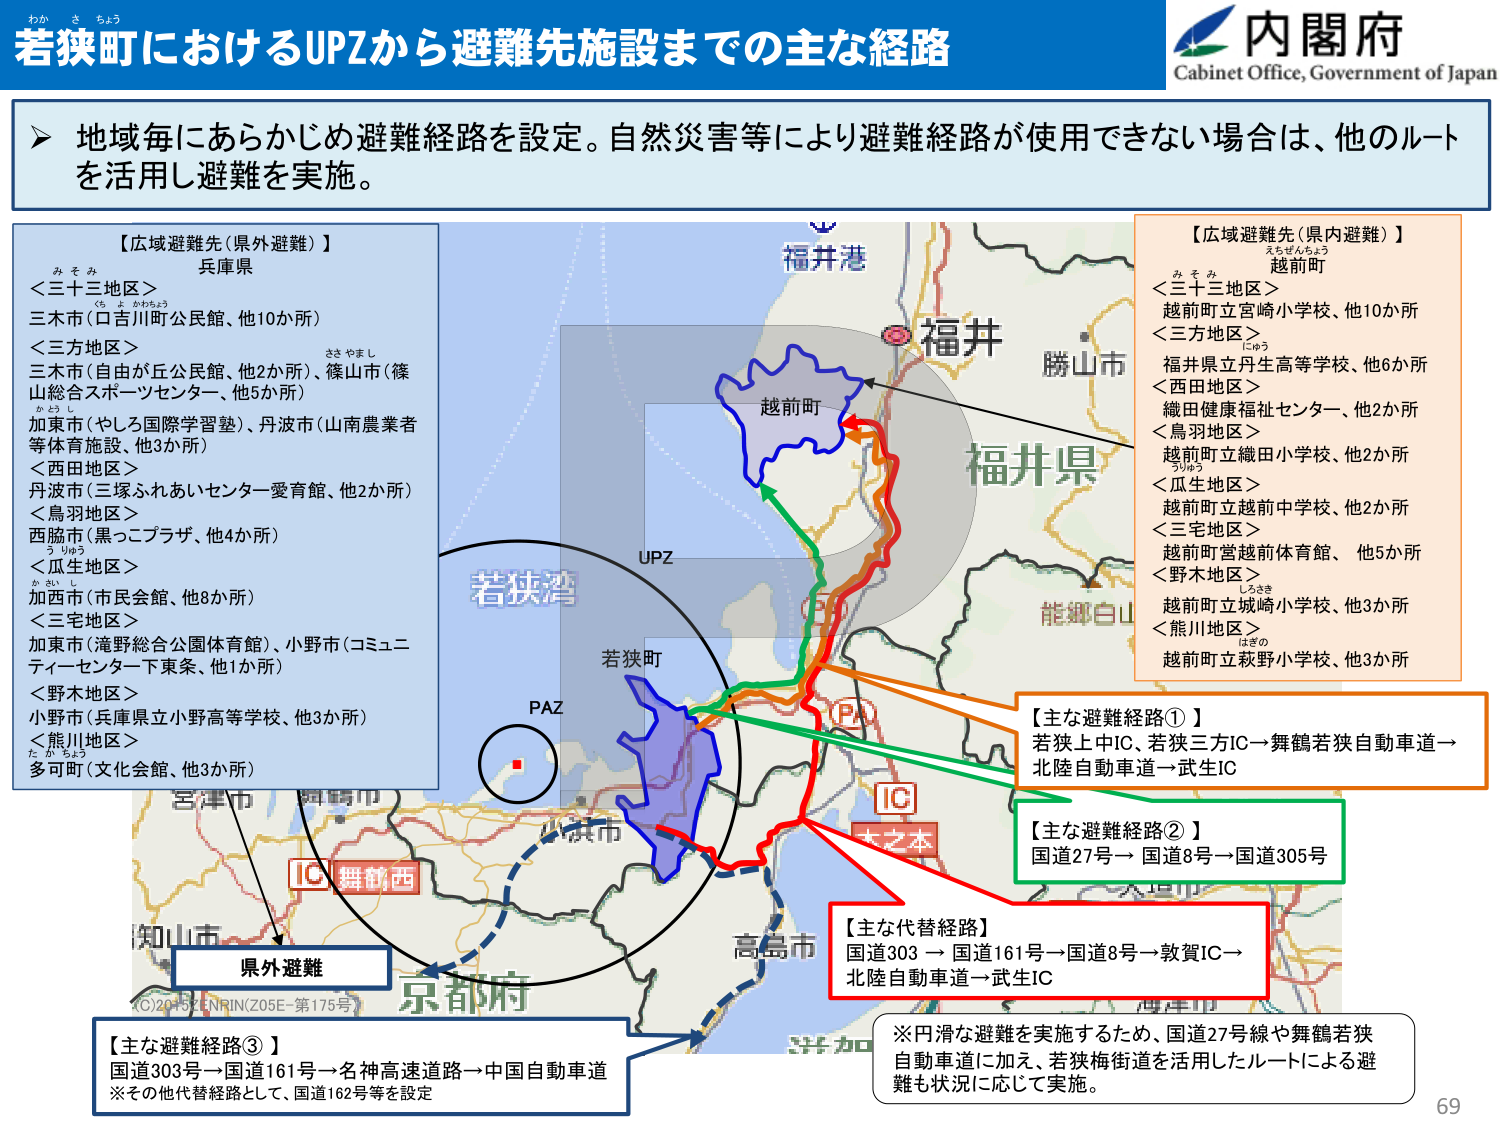
わか さちょう
若狭町におけるUPZから避難先施設までの主な経路
内閣府
Cabinet Office, Government of Japan

➤ 地域毎にあらかじめ避難経路を設定。自然災害等により避難経路が使用できない場合は、他のルートを活用し避難を実施。

【広域避難先（県外避難）】
兵庫県
＜三十三地区＞
三木市（口吉川町公民館、他10か所）
＜三方地区＞
三木市（自由が丘公民館、他2か所）、篠山市（篠山総合スポーツセンター、他5か所）
加東市（やしろ国際学習塾）、丹波市（山南農業者等体育施設、他3か所）
＜西田地区＞
丹波市（三塚ふれあいセンター愛育館、他2か所）
＜鳥羽地区＞
西脇市（黒こブラザ、他4か所）
＜瓜生地区＞
加西市（市民会館、他8か所）
＜三宅地区＞
加東市（滝野総合公園体育館）、小野市（コミュニティーセンター下東条、他1か所）
＜野木地区＞
小野市（兵庫県立小野高等学校、他3か所）
＜熊川地区＞
多可町（文化会館、他3か所）

【広域避難先（県内避難）】
越前町
＜三十三地区＞
越前町立宮崎小学校、他10か所
＜三方地区＞
福井県立丹生高等学校、他6か所
＜西田地区＞
織田健康福祉センター、他2か所
＜鳥羽地区＞
越前町立織田小学校、他2か所
＜瓜生地区＞
越前町立越前中学校、他2か所
＜三宅地区＞
越前町営越前体育館、他5か所
＜野木地区＞
越前町立城崎小学校、他3か所
＜熊川地区＞
越前町立萩野小学校、他3か所

福井港
福井県
勝山市
能郷白山
若狭湾
UPZ
PAZ
若狭町
IC
大之本
舞鶴西
IC
京都市
高島市
海津市
※円滑な避難を実施するため、国道27号線や舞鶴若狭自動車道に加え、若狭梅街道を活用したルートによる避難も状況に応じて実施。

【主な避難経路①】
若狭上中IC、若狭三方IC→舞鶴若狭自動車道→北陸自動車道→武生IC

【主な避難経路②】
国道27号→国道8号→国道305号

【主な代替経路】
国道303→国道161号→国道8号→敦賀IC→北陸自動車道→武生IC

【主な避難経路③】
国道303号→国道161号→名神高速道路→中国自動車道
※その他代替経路として、国道162号等を設定

県外避難
(C)2015 ENRIN(Z05E-第175号)
69